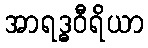
အာရဒ္ဓဝီရိယာ